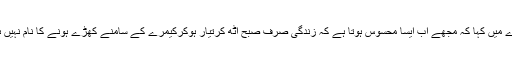
فیروز خان نے اپنی زندگی میں آنے والی تبدیلی کے بارے میں کہا کہ مجھے اب ایسا محسوس ہوتا ہے کہ زندگی صرف صبح اٹھ کرتیار ہوکرکیمرے کے سامنے کھڑے ہونے کا نام نہیں ہے بلکہ معاشرے کے لیے کچھ کرنا بہت ضروری ہے۔